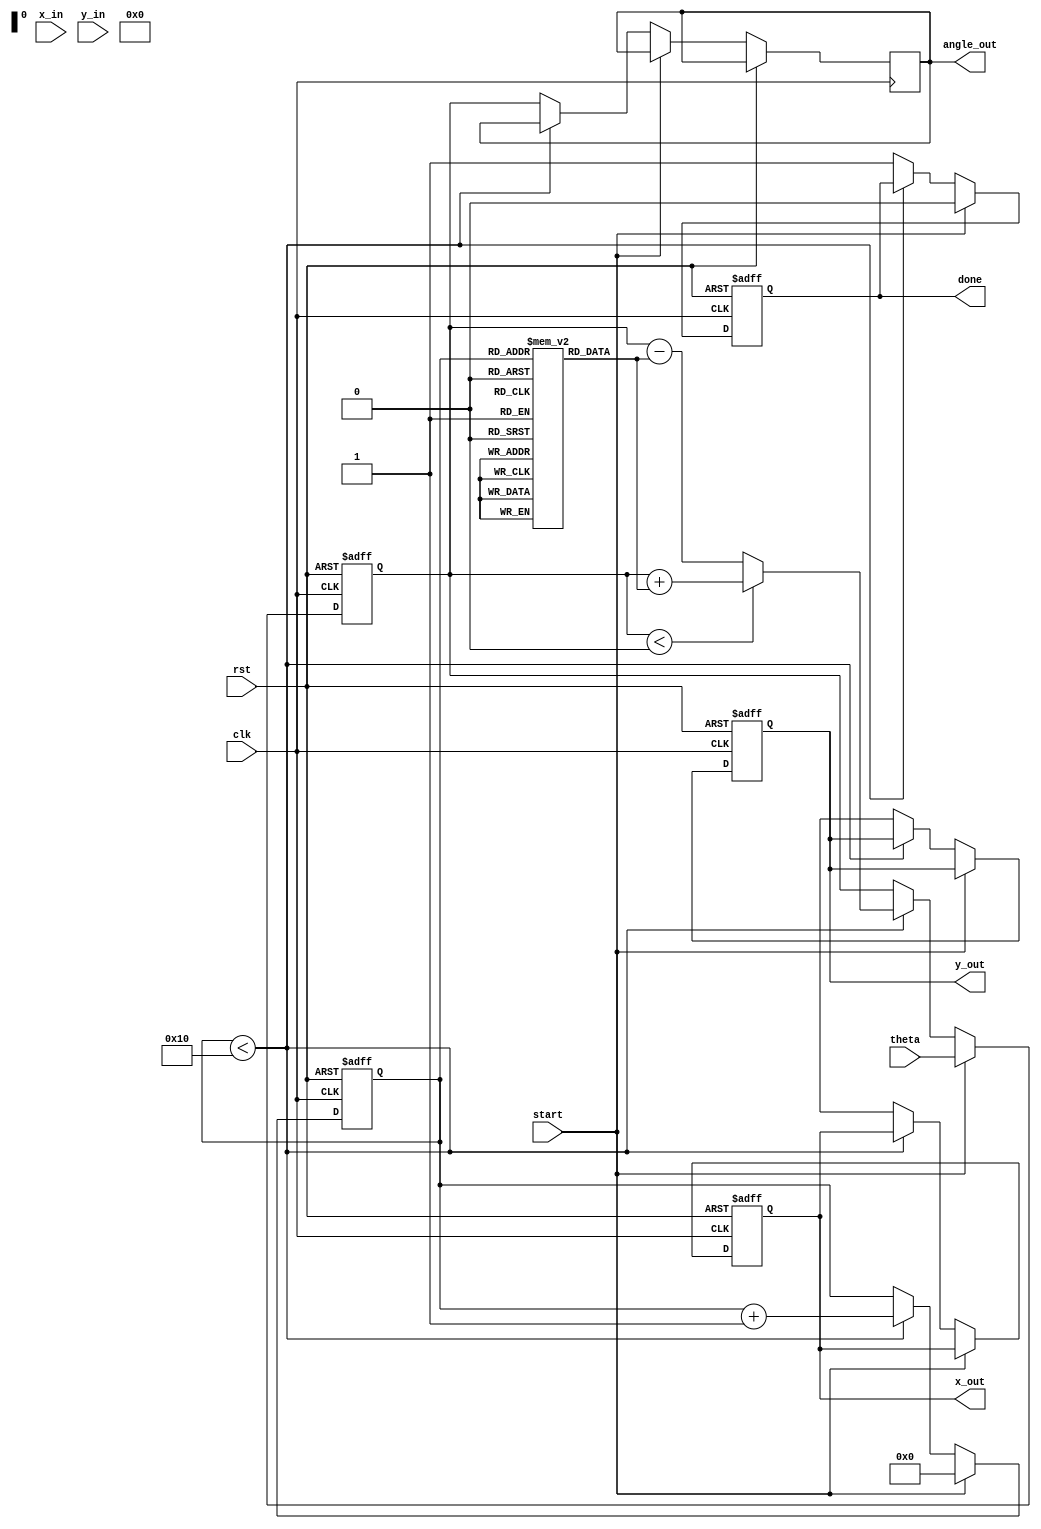
module cordic_2d (
    input wire clk,
    input wire rst,
    input wire [15:0] x_in,   // Input X coordinate
    input wire [15:0] y_in,   // Input Y coordinate
    input wire [15:0] theta,   // Angle of rotation (in fixed point)
    input wire start,           // Start signal
    output reg [15:0] x_out,    // Output X coordinate
    output reg [15:0] y_out,    // Output Y coordinate
    output reg [15:0] angle_out, // Output accumulated angle
    output reg done             // Done signal
);
    parameter N = 16; // Number of iterations
    parameter K = 16'h26DD; // Scaling factor (K = 1/sqrt(1 + 2^(-2*i)), for i = 0 to N-1)

    reg [15:0] x [0:N-1]; // X registers
    reg [15:0] y [0:N-1]; // Y registers
    reg [15:0] angle;      // Angle accumulator
    reg [3:0] iter;        // Iteration counter
    reg [15:0] atan_table [0:N-1]; // Arctan lookup table

    // Initialize arctan values (in fixed-point representation)
    initial begin
        atan_table[0] = 16'h2000; // atan(2^0)
        atan_table[1] = 16'h1000; // atan(2^-1)
        atan_table[2] = 16'h0800; // atan(2^-2)
        atan_table[3] = 16'h0400; // atan(2^-3)
        atan_table[4] = 16'h0200; // atan(2^-4)
        atan_table[5] = 16'h0100; // atan(2^-5)
        atan_table[6] = 16'h0080; // atan(2^-6)
        atan_table[7] = 16'h0040; // atan(2^-7)
        atan_table[8] = 16'h0020; // atan(2^-8)
        atan_table[9] = 16'h0010; // atan(2^-9)
        atan_table[10] = 16'h0008; // atan(2^-10)
        atan_table[11] = 16'h0004; // atan(2^-11)
        atan_table[12] = 16'h0002; // atan(2^-12)
        atan_table[13] = 16'h0001; // atan(2^-13)
        atan_table[14] = 16'h0000; // atan(2^-14)
        atan_table[15] = 16'h0000; // atan(2^-15)
    end

    // FSM for CORDIC iterations
    always @(posedge clk or posedge rst) begin
        if (rst) begin
            iter <= 0;
            angle <= 0;
            x_out <= 0;
            y_out <= 0;
            done <= 0;
        end else if (start) begin
            x[0] <= x_in;
            y[0] <= y_in;
            angle <= theta;
            iter <= 0;
            done <= 0;
        end else if (iter < N) begin
            // Perform CORDIC rotation
            if (angle < 0) begin
                // Rotate clockwise
                x[iter + 1] <= x[iter] + (y[iter] >> iter);
                y[iter + 1] <= y[iter] - (x[iter] >> iter);
                angle <= angle + atan_table[iter];
            end else begin
                // Rotate counter-clockwise
                x[iter + 1] <= x[iter] - (y[iter] >> iter);
                y[iter + 1] <= y[iter] + (x[iter] >> iter);
                angle <= angle - atan_table[iter];
            end
            iter <= iter + 1;
        end else begin
            // Final output
            x_out <= (x[N] * K) >> 14; // Scale the output
            y_out <= (y[N] * K) >> 14; // Scale the output
            angle_out <= angle;
            done <= 1;
        end
    end
endmodule